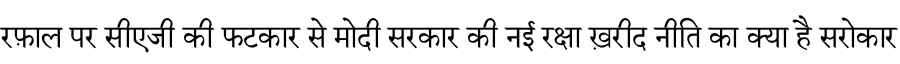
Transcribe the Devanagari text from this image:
रफ़ाल पर सीएजी की फटकार से मोदी सरकार की नई रक्षा ख़रीद नीति का क्या है सरोकार